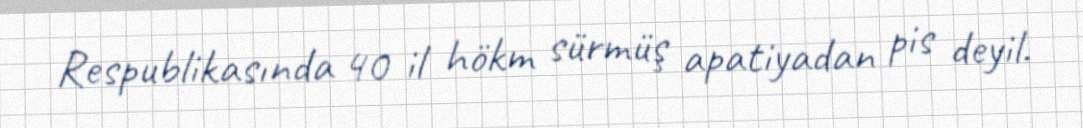
Respublikasında 40 il hökm sürmüş apatiyadan pis deyil.